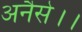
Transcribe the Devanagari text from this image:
अनैसे।।